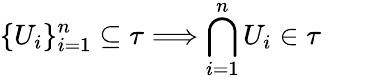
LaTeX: \{ U_{i}\} _{i=1}^{n}\subseteq\tau\Longrightarrow\bigcap_{i=1}^{n}U_{i}\in\tau\qquad